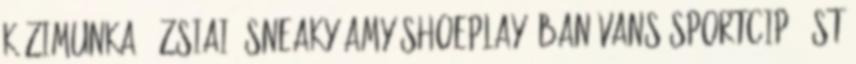
kézimunka, ázsiai, sneaky Amy Shoeplay -ban Vans Sportcipő 1st